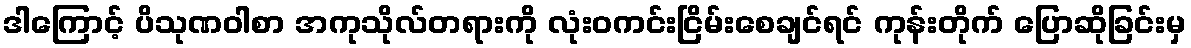
ဒါကြောင့် ပိသုဏဝါစာ အကုသိုလ်တရားကို လုံးဝကင်းငြိမ်းစေချင်ရင် ကုန်းတိုက် ပြောဆိုခြင်းမှ